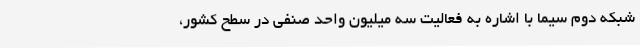
شبکه دوم سیما با اشاره به فعالیت سه میلیون واحد صنفی در سطح کشور،